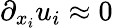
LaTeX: \partial_{x_{i}}u_{i}\approx 0